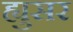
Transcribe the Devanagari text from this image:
ह्युसर